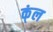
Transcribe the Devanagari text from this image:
क्ंल